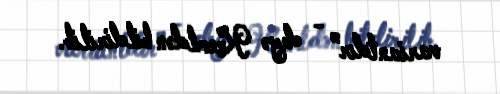
variantdır” - deyə Kremldən bildirilib.